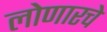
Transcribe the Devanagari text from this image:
लोणारचे